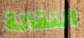
النقالة